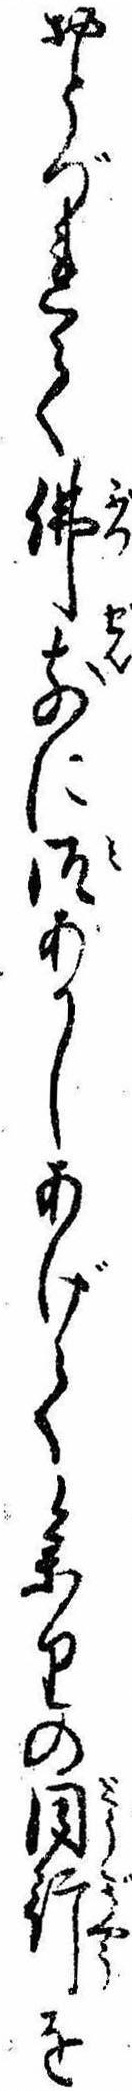
おとづれて仏前に御あかしあげて参りの同行を